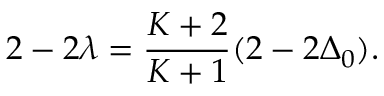
2 - 2 \lambda = { \frac { { \cal K } + 2 } { { \cal K } + 1 } } ( 2 - 2 \Delta _ { 0 } ) .